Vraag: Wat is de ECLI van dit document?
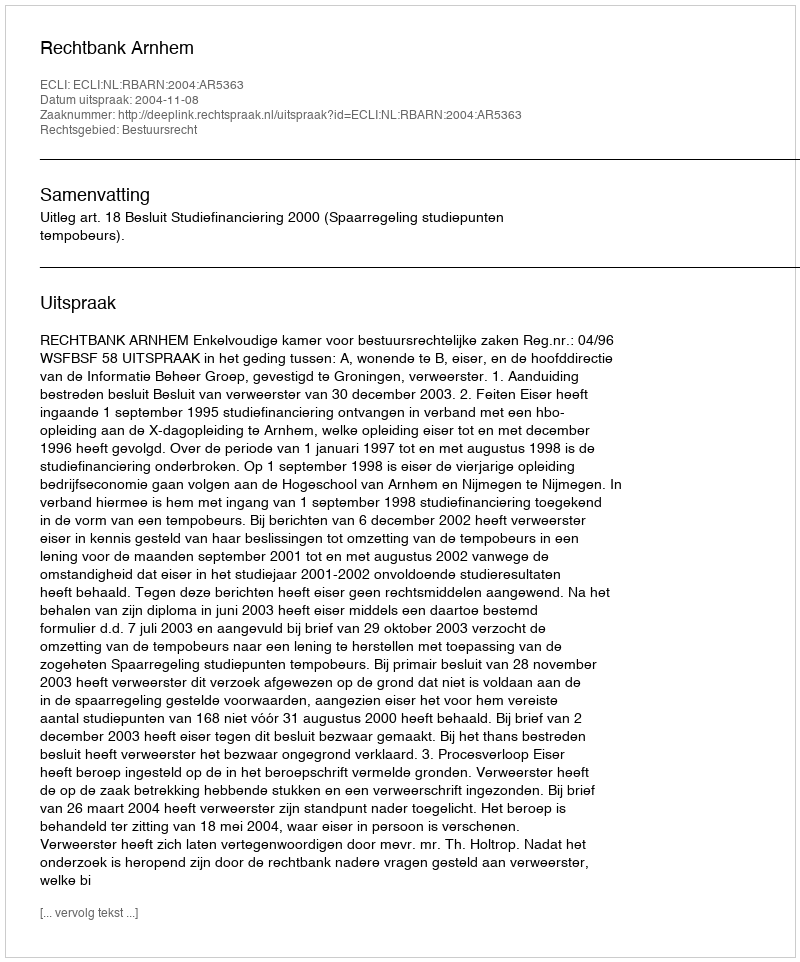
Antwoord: ECLI:NL:RBARN:2004:AR5363